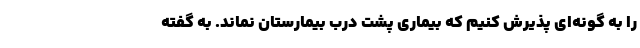
را به گونه‌ای پذیرش کنیم که بیماری پشت درب بیمارستان نماند. به گفته